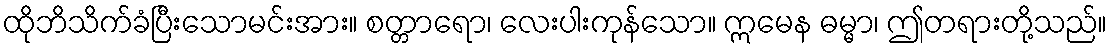
ထိုဘိသိက်ခံပြီးသောမင်းအား။ စတ္တာရော၊ လေးပါးကုန်သော။ ဣမေန ဓမ္မာ၊ ဤတရားတို့သည်။